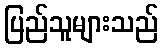
ပြည်သူများသည်